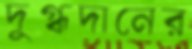
দুগ্ধদানের